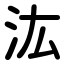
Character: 汯